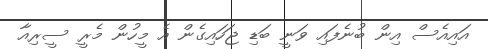
އައިއެސް އިން ބުނެފައި ވަނީ ބަޑި ޖަހައިގެން އެ މީހުން މެރީ ސީރިއާ